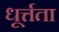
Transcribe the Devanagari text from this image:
धूर्त्तता